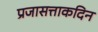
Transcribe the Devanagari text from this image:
प्रजासत्ताकदिन